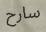
سارح